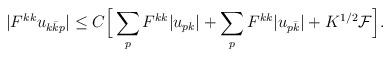
LaTeX: \begin{align*}\begin{aligned} |F^{kk}u_{k\bar kp}| &\leq C\Big[ \sum_pF^{kk}|u_{pk}| + \sum_pF^{kk}|u_{p\bar k}| +K^{1/2}\mathcal{F}\Big]. \end{aligned}\end{align*}